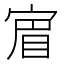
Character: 𡩏